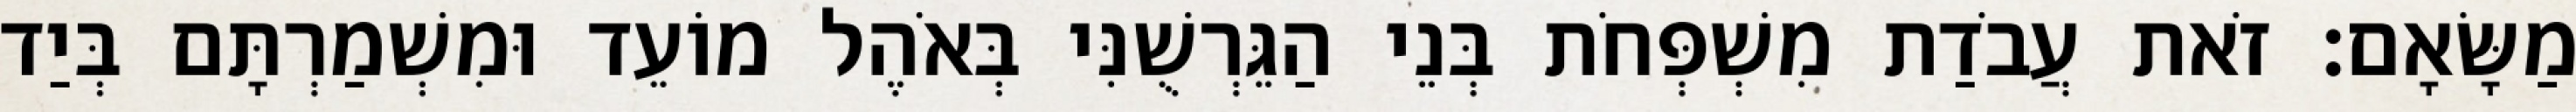
מַשָּׂאָם׃ זֹאת עֲבֹדַת מִשְׁפְּחֹת בְּנֵי הַגֵּרְשֻׁנִּי בְּאֹהֶל מוֹעֵד וּמִשְׁמַרְתָּם בְּיַד